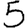
Digit: 5